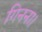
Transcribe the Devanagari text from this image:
गिनना।